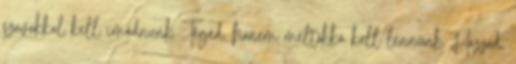
szavakkal kell imádnunk Téged, hanem méltókká kell lennünk Hozzád,